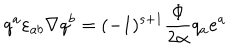
LaTeX: q ^ { a } \varepsilon _ { a b } \nabla q ^ { b } = ( - 1 ) ^ { s + 1 } { \frac { \Phi } { 2 \alpha } } q _ { a } e ^ { a }